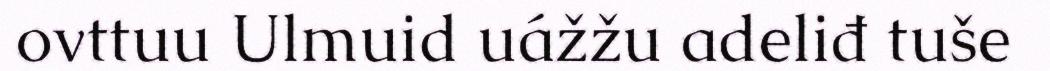
ovttuu Ulmuid uážžu adeliđ tuše